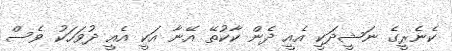
ކެނެރީގެ ނަޝީދަކީ އެއީ ދެން ކާކުތޭ އޭނާ އަކީ އެއީ ދުވަހަކު ވެސް